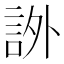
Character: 𧦨